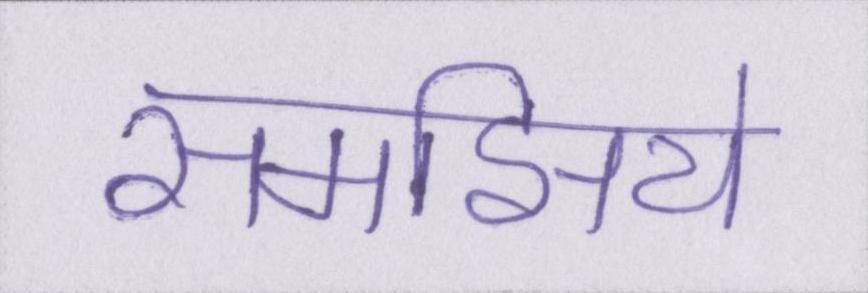
समझिये